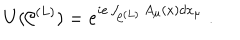
U ( { \cal C } ^ { ( L ) } ) = e ^ { i e \int _ { { \cal C } ^ { ( L ) } } A _ { \mu } ( x ) d x _ { \mu } } \; .